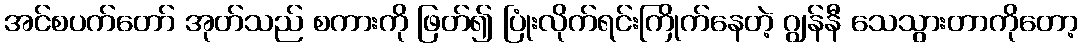
အင်စပက်တော် အုတ်သည် စကားကို ဖြတ်၍ ပြုံးလိုက်ရင်းကြိုက်နေတဲ့ ဂျွန်နီ သေသွားတာကိုတော့